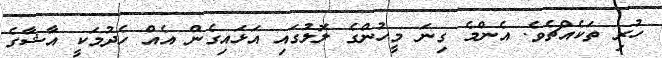
ހުރި ތަކެއްޗެވެ. އެންމެ ގިނަ މީހުންގެ ލޮލުގައި އަޅައިގެން އެއް ހެދުމަކީ އާޝާގެ